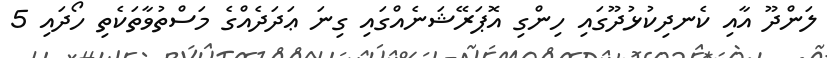
ލަންދޫ އާއި ކެނދިކުޅުދޫގައި ހިންގި އޮޕަރޭޝަނެއްގައި ގިނަ ޢަދަދެއްގެ މަސްތުވާތަކެތި ހޯދައި 5